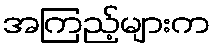
အကြည့်များက